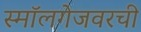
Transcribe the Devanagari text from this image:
स्मॉलगेजवरची